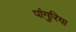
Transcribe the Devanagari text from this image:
पांगुरिया